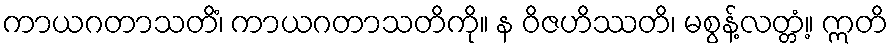
ကာယဂတာသတိံ၊ ကာယဂတာသတိကို။ န ဝိဇဟိဿတိ၊ မစွန့်လတ္တံ့။ ဣတိ